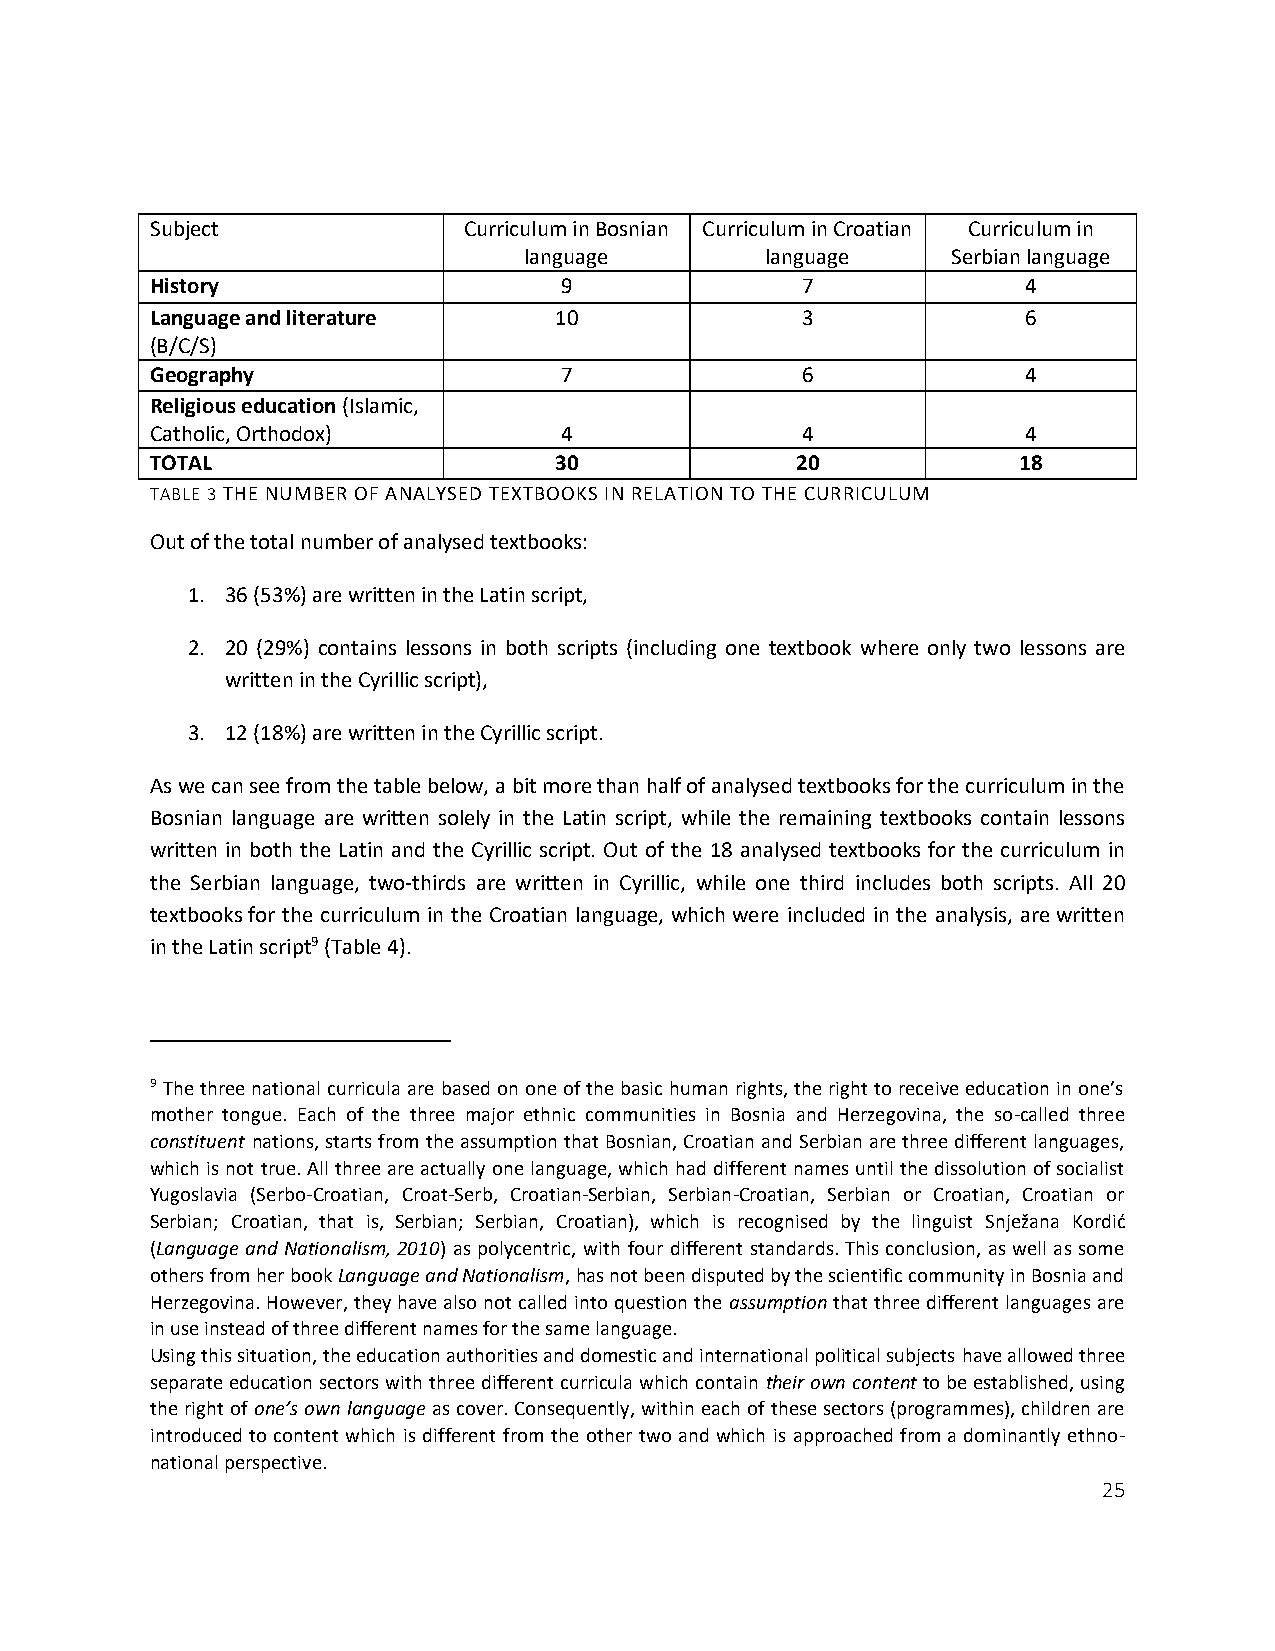
Subject              Curriculum in Bosnian Curriculum in Croatian Curriculum in
 language        language    Serbian language
 History                    9               7              4
 Language and literature    10              3              6
 (B/C/S)
 Geography                  7               6              4
 Religious education (Islamic,
 Catholic, Orthodox)        4               4              4
 TOTAL                      30              20            18
 TABLE 3 THE NUMBER OF ANALYSED TEXTBOOKS IN RELATION TO THE CURRICULUM
 Out of the total number of analysed textbooks:
 1. 36 (53%) are written in the Latin script,
 2. 20 (29%) contains lessons in both scripts (including one textbook where only two lessons are
 written in the Cyrillic script),
 3. 12 (18%) are written in the Cyrillic script.
 As we can see from the table below, a bit more than half of analysed textbooks for the curriculum in the
 Bosnian language are written solely in the Latin script, while the remaining textbooks contain lessons
 written in both the Latin and the Cyrillic script. Out of the 18 analysed textbooks for the curriculum in
 the Serbian language, two-thirds are written in Cyrillic, while one third includes both scripts. All 20
 textbooks for the curriculum in the Croatian language, which were included in the analysis, are written
 in the Latin script9 (Table 4).
 9 The three national curricula are based on one of the basic human rights, the right to receive education in one’s
 mother tongue. Each of the three major ethnic communities in Bosnia and Herzegovina, the so-called three
 constituent nations, starts from the assumption that Bosnian, Croatian and Serbian are three different languages,
 which is not true. All three are actually one language, which had different names until the dissolution of socialist
 Yugoslavia (Serbo-Croatian, Croat-Serb, Croatian-Serbian, Serbian-Croatian, Serbian or Croatian, Croatian or
 Serbian; Croatian, that is, Serbian; Serbian, Croatian), which is recognised by the linguist Snježana Kordić
 (Language and Nationalism, 2010) as polycentric, with four different standards. This conclusion, as well as some
 others from her book Language and Nationalism, has not been disputed by the scientific community in Bosnia and
 Herzegovina. However, they have also not called into question the assumption that three different languages are
 in use instead of three different names for the same language.
 Using this situation, the education authorities and domestic and international political subjects have allowed three
 separate education sectors with three different curricula which contain their own content to be established, using
 the right of one’s own language as cover. Consequently, within each of these sectors (programmes), children are
 introduced to content which is different from the other two and which is approached from a dominantly ethno-
 national perspective.
 25